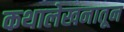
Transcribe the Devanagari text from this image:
कथालेखनातून